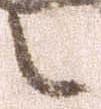
之